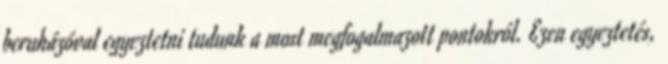
beruházóval egyeztetni tudunk a most megfogalmazott pontokról. Ezen egyeztetés,